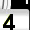
Digit: 4